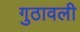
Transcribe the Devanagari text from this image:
गुठावली